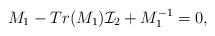
LaTeX: \begin{align*}M_1 -Tr(M_1) {\cal I}_2 + M_1^{-1}=0,\end{align*}